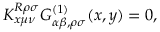
K _ { x \mu \nu } ^ { R \rho \sigma } G _ { \alpha \beta , \rho \sigma } ^ { ( 1 ) } ( x , y ) = 0 ,